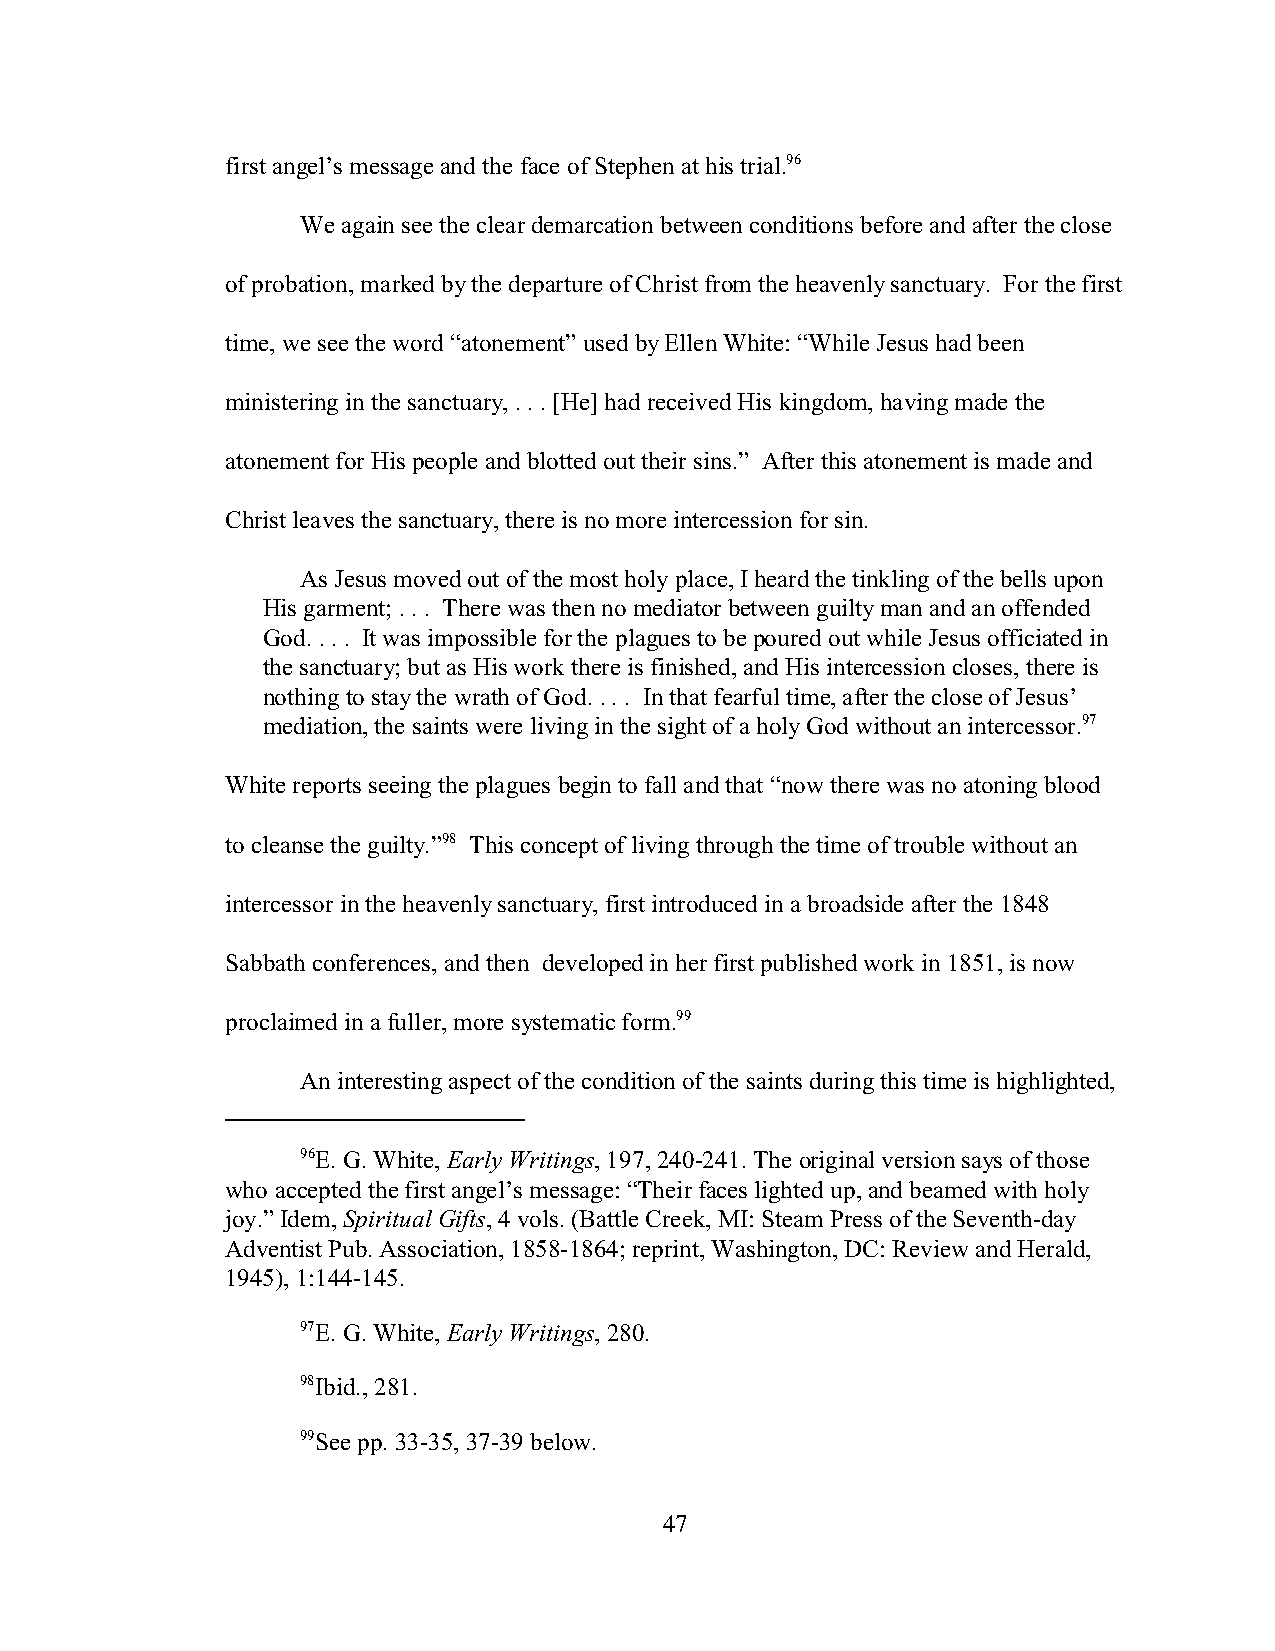
first angel’s message and the face of Stephen at his trial.96
 We again see the clear demarcation between conditions before and after the close
 of probation, marked by the departure of Christ from the heavenly sanctuary. For the first
 time, we see the word “atonement” used by Ellen White: “While Jesus had been
 ministering in the sanctuary, . . . [He] had received His kingdom, having made the
 atonement for His people and blotted out their sins.” After this atonement is made and
 Christ leaves the sanctuary, there is no more intercession for sin.
 As Jesus moved out of the most holy place, I heard the tinkling of the bells upon
 His garment; . . . There was then no mediator between guilty man and an offended
 God. . . . It was impossible for the plagues to be poured out while Jesus officiated in
 the sanctuary; but as His work there is finished, and His intercession closes, there is
 nothing to stay the wrath of God. . . . In that fearful time, after the close of Jesus’
 mediation, the saints were living in the sight of a holy God without an intercessor.97
 White reports seeing the plagues begin to fall and that “now there was no atoning blood
 to cleanse the guilty.”98 This concept of living through the time of trouble without an
 intercessor in the heavenly sanctuary, first introduced in a broadside after the 1848
 Sabbath conferences, and then developed in her first published work in 1851, is now
 proclaimed in a fuller, more systematic form.99
 An interesting aspect of the condition of the saints during this time is highlighted,
 96E. G. White, Early Writings, 197, 240-241. The original version says of those
 who accepted the first angel’s message: “Their faces lighted up, and beamed with holy
 joy.” Idem, Spiritual Gifts, 4 vols. (Battle Creek, MI: Steam Press of the Seventh-day
 Adventist Pub. Association, 1858-1864; reprint, Washington, DC: Review and Herald,
 1945), 1:144-145.
 97E. G. White, Early Writings, 280.
 98Ibid., 281.
 99See pp. 33-35, 37-39 below.
 47